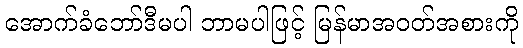
အောက်ခံဘော်ဒီမပါ ဘာမပါဖြင့် မြန်မာအဝတ်အစားကို